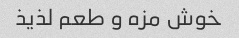
خوش مزه و طعم لذیذ